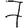
Digit: 7